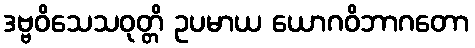
ဒဗ္ဗဝိသေသဝုတ္တိ ဥပမာယ ယောဂဝိဘာဂတော